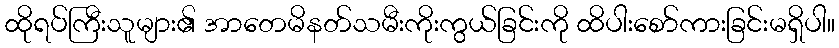
ထိုရပ်ကြီးသူများ၏ အာတေမိနတ်သမီးကိုးကွယ်ခြင်းကို ထိပါးစော်ကားခြင်းမရှိပါ။